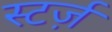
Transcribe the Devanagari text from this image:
स्टर्ज़